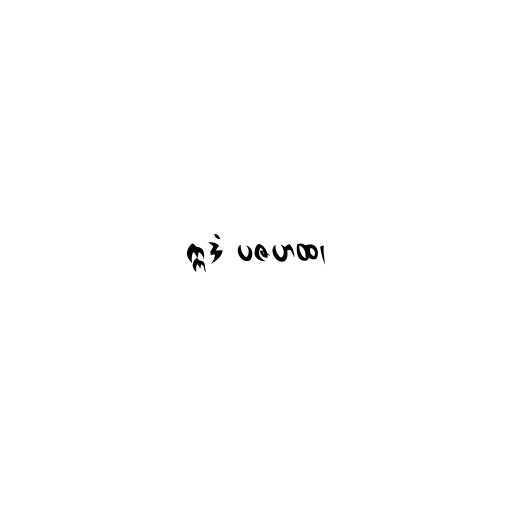
ဣဒံ ပဇဟထ၊